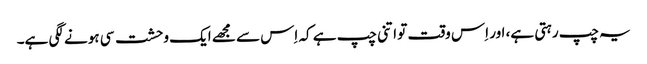
یہ چپ رہتی ہے، اور اِس وقت تو اتنی چپ ہے کہ اِس سے مجھے ایک وحشت سی ہونے لگی ہے۔